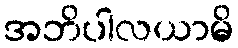
အဘိပါလယာမိ